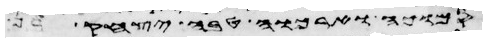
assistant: יהוה ואראה אל אברהם ואל יצחק ואל